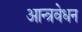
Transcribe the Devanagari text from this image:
आन्त्रवेधन